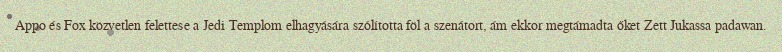
Appo és Fox közvetlen felettese a Jedi Templom elhagyására szólította föl a szenátort, ám ekkor megtámadta őket Zett Jukassa padawan.